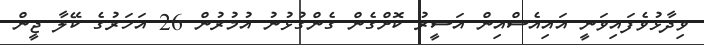
ވިދާޅުވެފައިވަނީ އައިއެސްއިން އަސީރު ކޮށްގެން ގެންގުޅުނު އުމުރުން 26 އަހަރުގެ ކޭލާ ޖީން